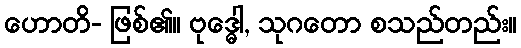
ဟောတိ- ဖြစ်၏။ ဗုဒ္ဓေါ, သုဂတော စသည်တည်း။